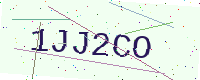
Text: 1JJ2CO